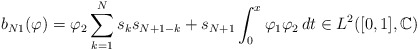
\begin{align*}b_{N1}(\varphi) = \varphi_2\sum_{k=1}^N s_ks_{N+1-k}+ s_{N+1}\int_0^x \varphi_1\varphi_2\,dt \in L^2([0,1],\mathbb{C}) \end{align*}